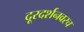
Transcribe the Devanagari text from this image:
दूरदर्शनवरच